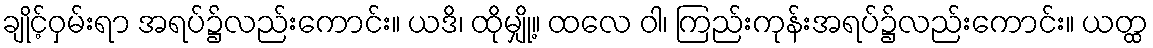
ချိုင့်ဝှမ်းရာ အရပ်၌လည်းကောင်း။ ယဒိ၊ ထိုမျှို့။ ထလေ ဝါ၊ ကြည်းကုန်းအရပ်၌လည်းကောင်း။ ယတ္ထ